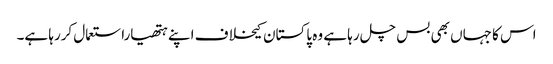
اس کا جہاں بھی بس چل رہا ہے وہ پاکستان کیخلاف اپنے ہتھیاراستعمال کررہا ہے۔